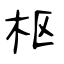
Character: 枢